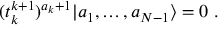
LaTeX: ( t _ { k } ^ { k + 1 } ) ^ { a _ { k } + 1 } | a _ { 1 } , \ldots , a _ { N - 1 } \rangle = 0 \; .